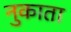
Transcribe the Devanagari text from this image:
नुकाता